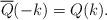
LaTeX: \begin{align*} \overline{Q}(-k) = Q(k). \end{align*}